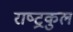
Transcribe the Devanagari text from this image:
राष्‍ट्रकुल